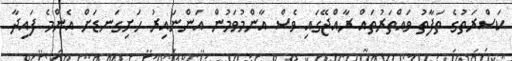
ކަސްރަތުގެ ތަފާތު ވައްތަރުތައް ރާއްޖޭގައި ވެސް އާންމުވަމުން އަންނައިރު ހަށިގަނޑަށް އެންމެ ފައިދާ